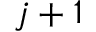
j + 1